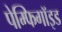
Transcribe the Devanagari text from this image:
पेम्फिगॉइड